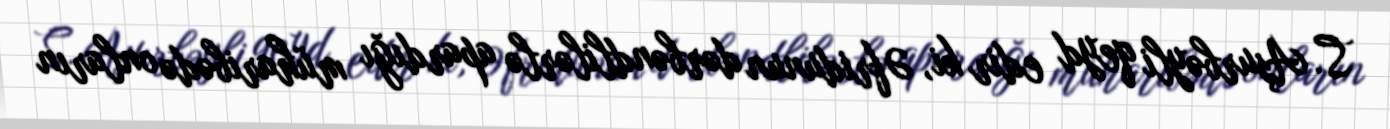
S. Aşurbəyli qeyd edir ki, Əfridunun dərbəndlilərlə apardığı müharibədə onların